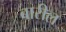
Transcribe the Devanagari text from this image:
बारील